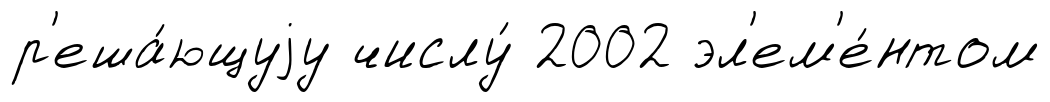
р'еша́ющуjу числу́ 2002 эл'ем'е́нтом